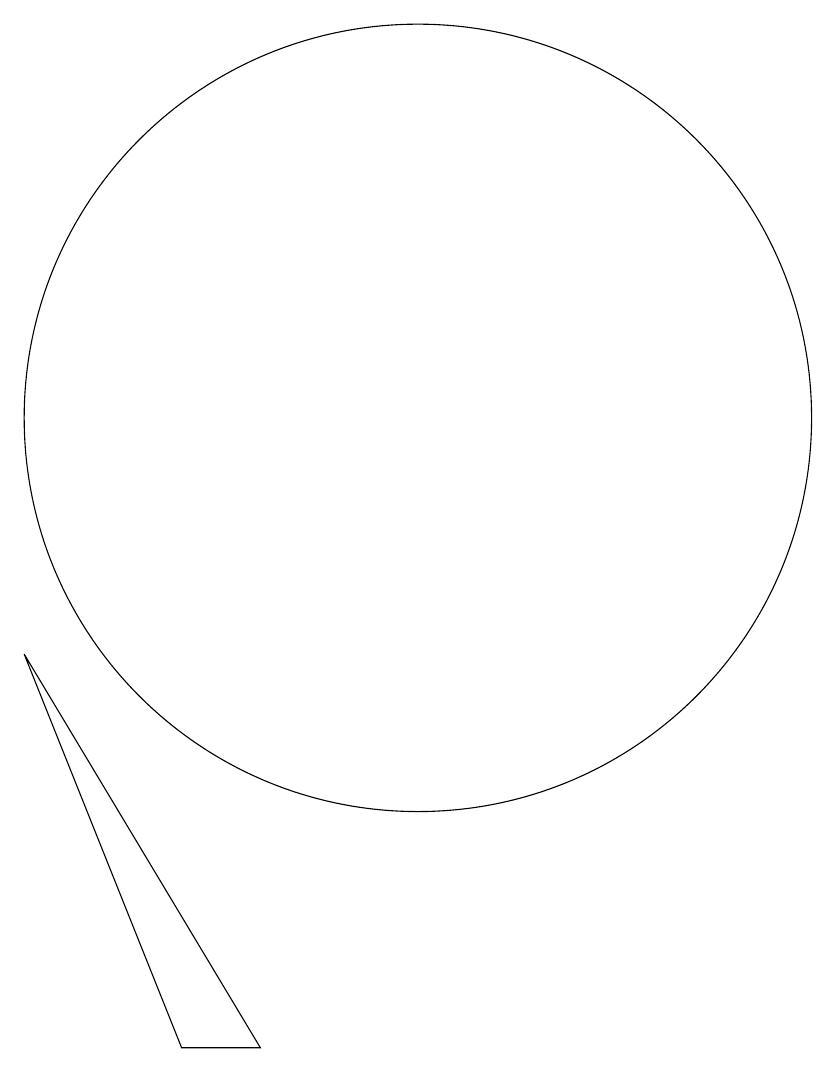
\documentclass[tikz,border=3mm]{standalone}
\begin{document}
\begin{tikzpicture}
\draw (11,12) circle (5);
\draw (10,10) circle (0);
\draw (6,9) -- (8,4) -- (9,4) -- cycle;
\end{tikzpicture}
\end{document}